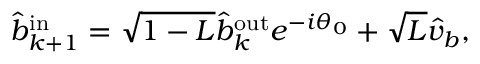
\begin{array} { r } { \hat { b } _ { k + 1 } ^ { \mathrm { { i n } } } = \sqrt { 1 - L } \hat { b } _ { k } ^ { \mathrm { { o u t } } } e ^ { - i \theta _ { 0 } } + \sqrt { L } \hat { v } _ { b } , } \end{array}